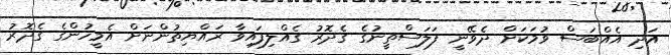
އަދި އެއްބަސް ވުމަކަށް ދެވޭނީ ފަލަސްތީނުގެ ގެދޮރު ގެއްލިފައިވާ ރައްޔިތުންނަށް އެމީހުންގެ ގެދޮރު